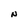
Character: N